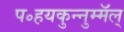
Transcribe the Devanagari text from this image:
प॰हयकुन्नुम्मॅल्